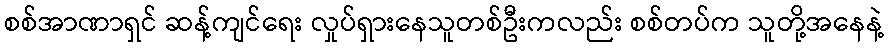
စစ်အာဏာရှင် ဆန့်ကျင်ရေး လှုပ်ရှားနေသူတစ်ဦးကလည်း စစ်တပ်က သူတို့အနေနဲ့